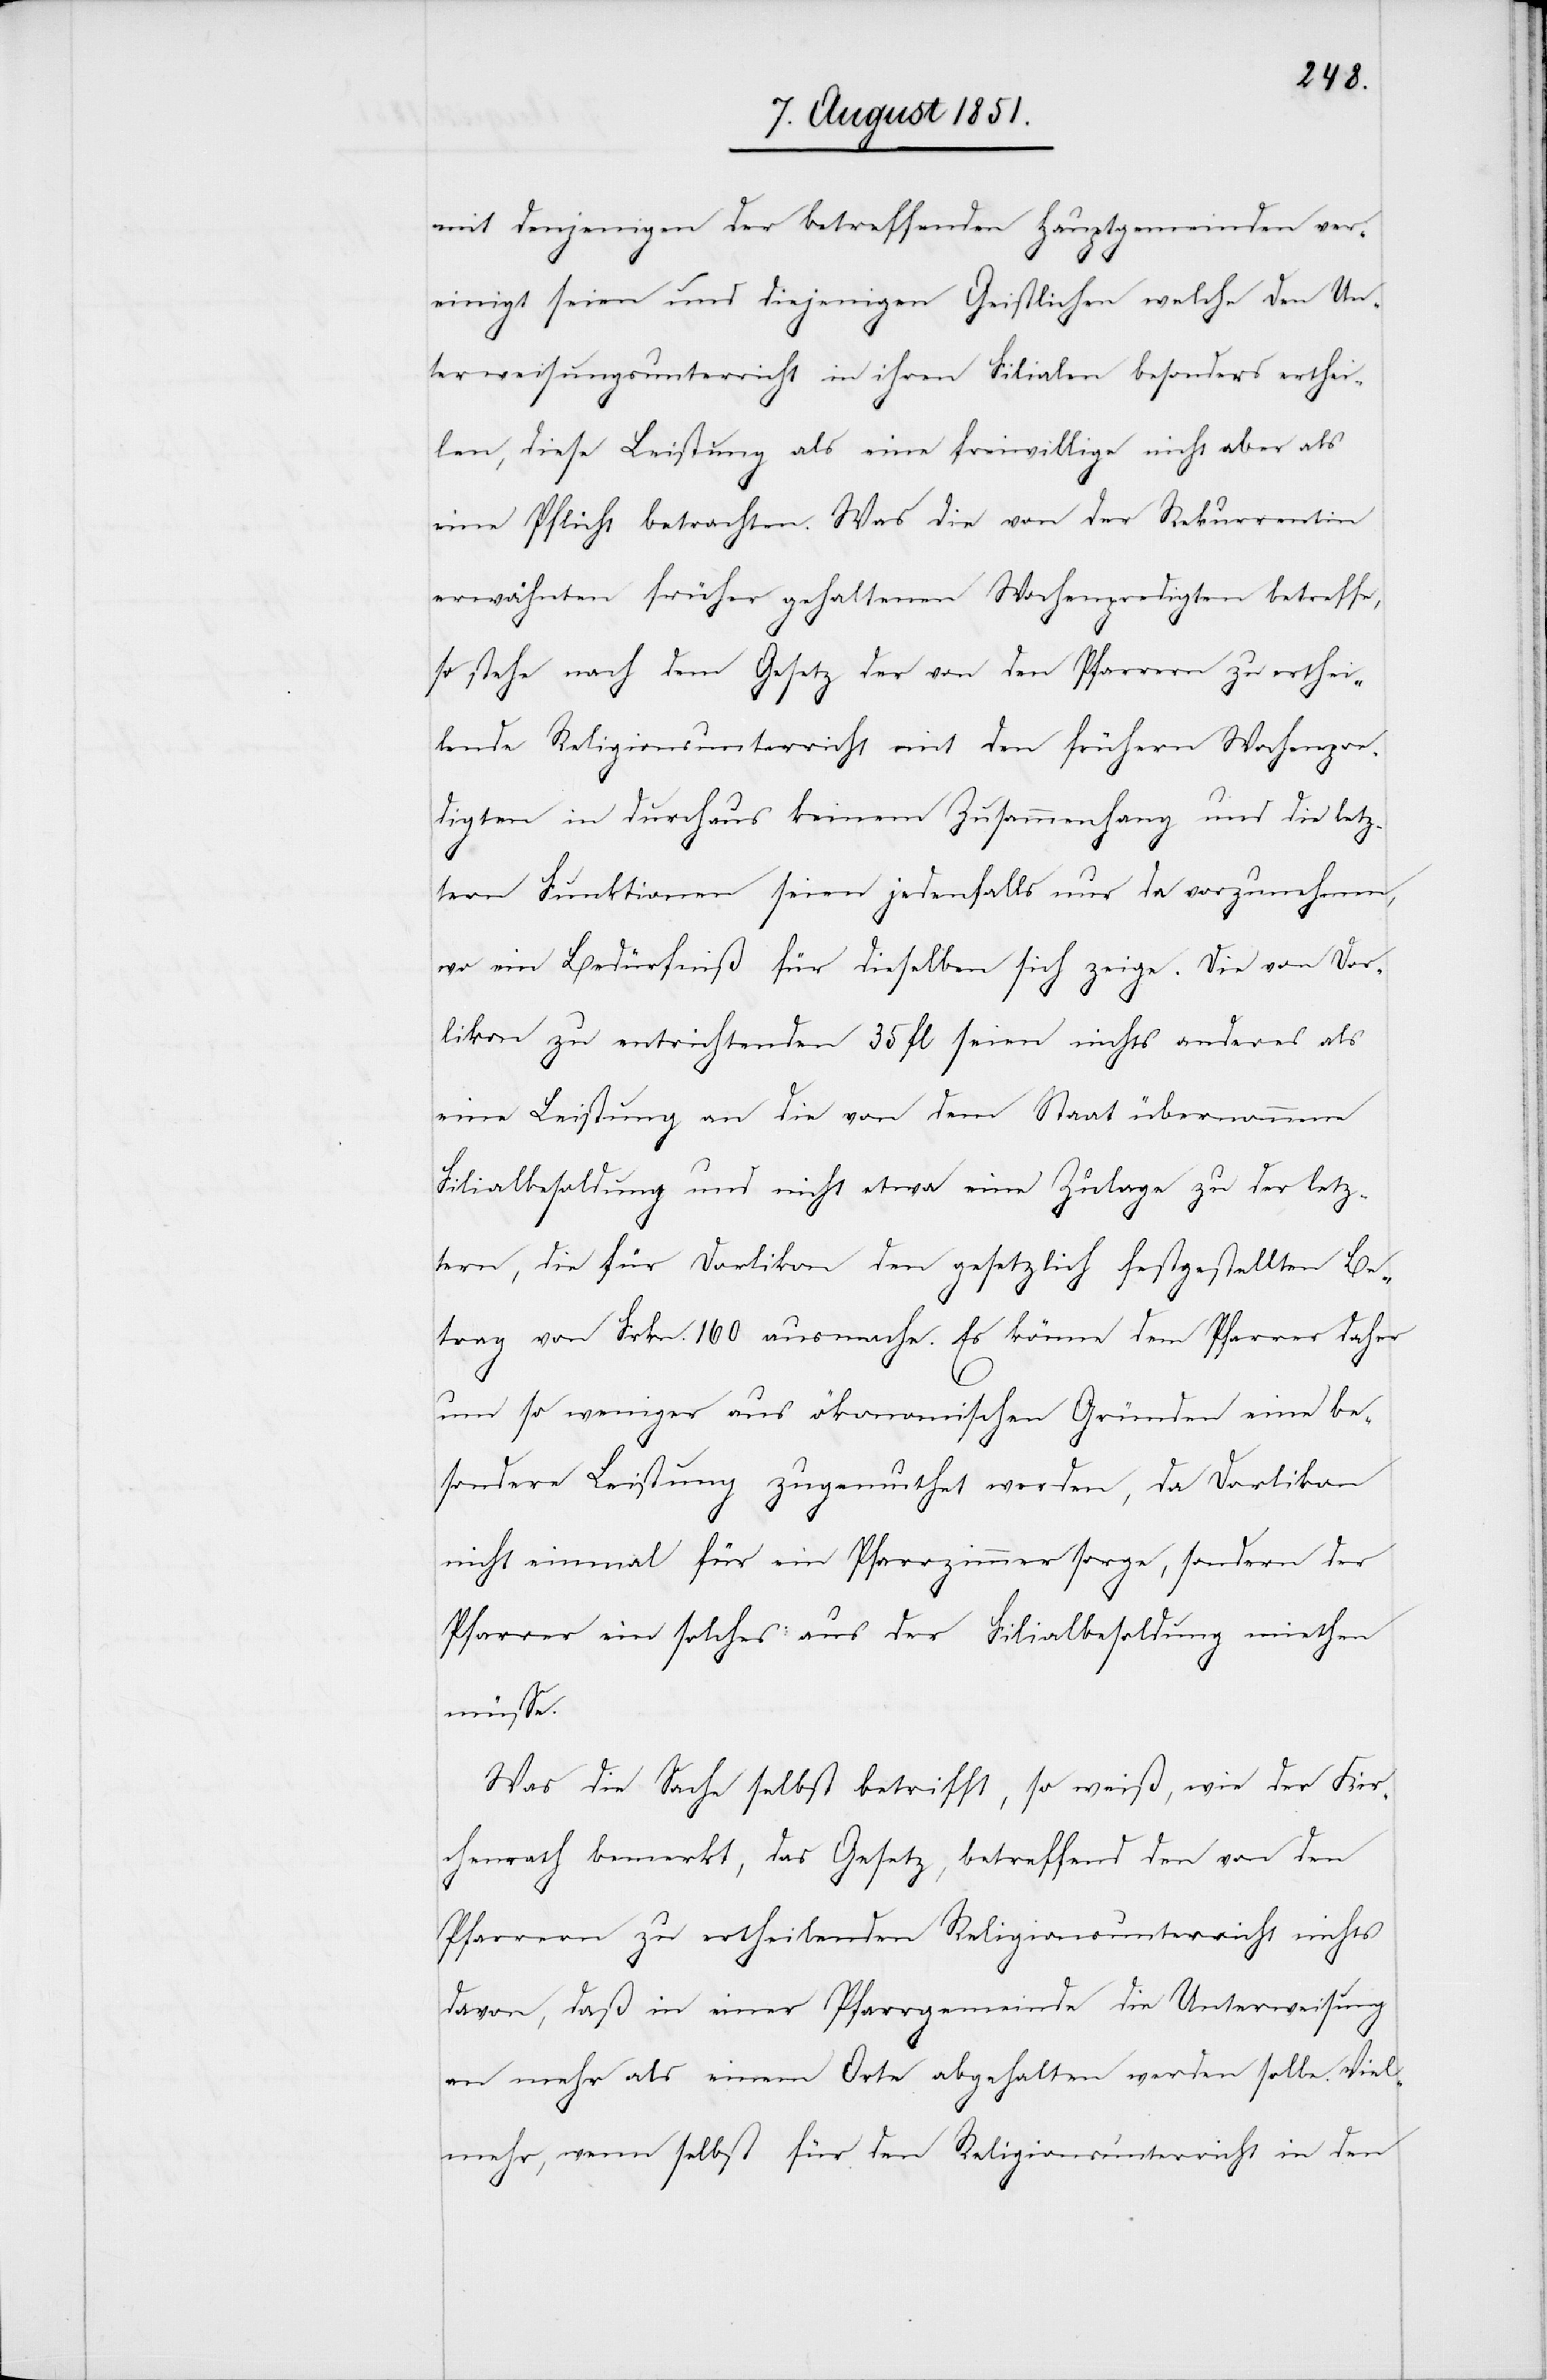
mit denjenigen der betreffenden Hauptgemeinden ver¬
einigt seien und diejenigen Geistlichen welche den Un¬
terweisungsunterricht in ihren Filialen besonders erthei¬
len, diese Leistung als eine freiwillige nicht aber als
eine Pflicht betrachten. Was die von der Rekurrentin
erwähnten früher gehaltenen Wochenpredigten betreffe,
so stehe nach dem Gesetz der von den Pfarrern zu erthei¬
lende Religionsunterricht mit den frühern Wochenpre¬
digten in durchaus keinem Zusammenhang und die letz¬
tern Funktionen seien jedenfalls nur da vorzunehmen,
wo ein Bedürfniß für dieselben sich zeige. Die von Dor¬
likon zu entrichtenden 35 fl seien nichts anderes als
eine Leistung an die von dem Staat übernommene
Filialbesoldung und nicht etwa eine Zulage zu der letz¬
tern, die für Dorlikon den gesetzlich festgestellten Be¬
trag von Frkn. 160 ausmache. Es könne dem Pfarrer daher
um so weniger aus ökonomischen Gründen eine be¬
sondere Leistung zugemuthet werden, da Dorlikon
nicht einmal für ein Pfarrzimmer sorge, sondern der
Pfarrer ein solches aus der Filialbesoldung miethen
müsse.
Was die Sache selbst betrifft, so weiß, wie der Kir¬
chenrath bemerkt, das Gesetz, betreffend den von den
Pfarrern zu ertheilenden Religionsunterricht nichts
davon, daß in einer Pfarrgemeinde die Unterweisung
an mehr als einem Orte abgehalten werden solle. Viel¬
mehr, wenn selbst für den Religionsunterricht in den